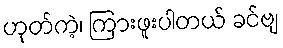
ဟုတ်ကဲ့၊ ကြားဖူးပါတယ် ခင်ဗျ